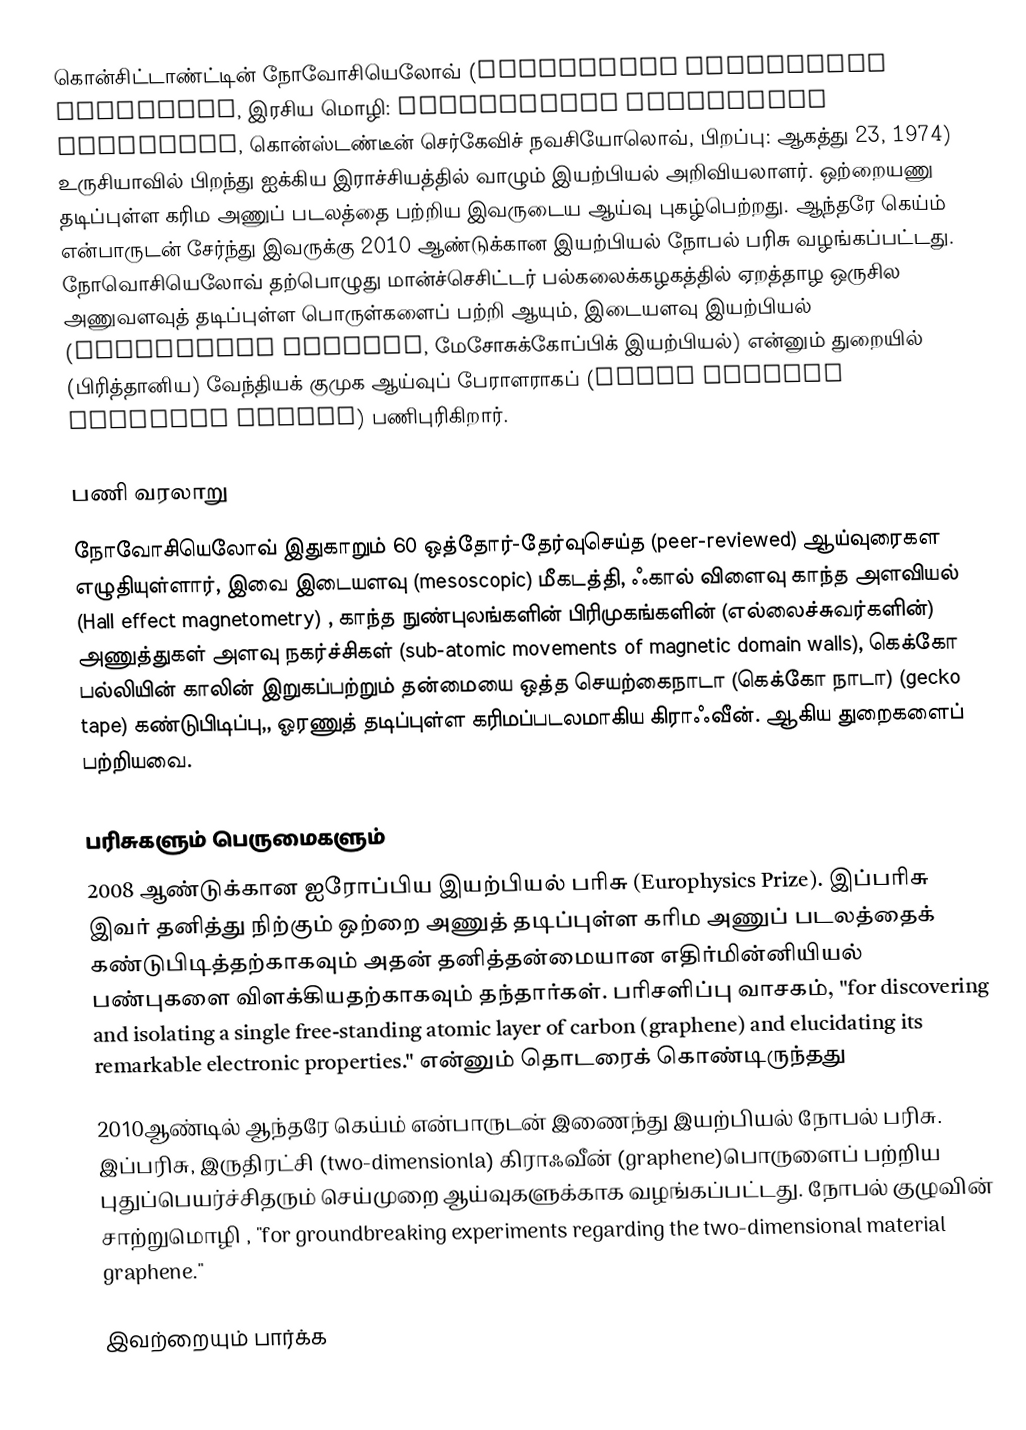
கொன்சிட்டாண்ட்டின் நோவோசியெலோவ் (Konstantin Sergeevich Novoselov, இரசிய மொழி: Константи́н Серге́евич Новосёлов, கொன்ஸ்டண்டீன் செர்கேவிச் நவசியோலொவ், பிறப்பு: ஆகத்து 23, 1974) உருசியாவில் பிறந்து ஐக்கிய இராச்சியத்தில் வாழும் இயற்பியல் அறிவியலாளர். ஒற்றையணு தடிப்புள்ள கரிம அணுப் படலத்தை பற்றிய இவருடைய ஆய்வு புகழ்பெற்றது. ஆந்தரே கெய்ம் என்பாருடன் சேர்ந்து இவருக்கு 2010 ஆண்டுக்கான இயற்பியல் நோபல் பரிசு வழங்கப்பட்டது. நோவொசியெலோவ் தற்பொழுது மான்ச்செசிட்டர் பல்கலைக்கழகத்தில் ஏறத்தாழ ஒருசில அணுவளவுத் தடிப்புள்ள பொருள்களைப் பற்றி ஆயும், இடையளவு இயற்பியல் (Mesoscopic physics, மேசோசுக்கோப்பிக் இயற்பியல்) என்னும் துறையில் (பிரித்தானிய) வேந்தியக் குமுக ஆய்வுப் பேராளராகப் (Royal Society Research Fellow) பணிபுரிகிறார்.

பணி வரலாறு
நோவோசியெலோவ் இதுகாறும் 60 ஒத்தோர்-தேர்வுசெய்த (peer-reviewed) ஆய்வுரைகள எழுதியுள்ளார், இவை இடையளவு (mesoscopic) மீகடத்தி, ஃகால் விளைவு காந்த அளவியல் (Hall effect magnetometry) , காந்த நுண்புலங்களின் பிரிமுகங்களின் (எல்லைச்சுவர்களின்) அணுத்துகள் அளவு நகர்ச்சிகள் (sub-atomic movements of magnetic domain walls), கெக்கோ பல்லியின் காலின் இறுகப்பற்றும் தன்மையை ஒத்த செயற்கைநாடா (கெக்கோ நாடா) (gecko tape) கண்டுபிடிப்பு,, ஓரணுத் தடிப்புள்ள கரிமப்படலமாகிய கிராஃவீன். ஆகிய துறைகளைப் பற்றியவை.

பரிசுகளும் பெருமைகளும்
 2008 ஆண்டுக்கான ஐரோப்பிய இயற்பியல் பரிசு (Europhysics Prize). இப்பரிசு இவர் தனித்து நிற்கும் ஒற்றை அணுத் தடிப்புள்ள கரிம அணுப் படலத்தைக் கண்டுபிடித்தற்காகவும் அதன் தனித்தன்மையான எதிர்மின்னியியல் பண்புகளை விளக்கியதற்காகவும் தந்தார்கள். பரிசளிப்பு வாசகம், "for discovering and isolating a single free-standing atomic layer of carbon (graphene) and elucidating its remarkable electronic properties." என்னும் தொடரைக் கொண்டிருந்தது
 2010ஆண்டில் ஆந்தரே கெய்ம் என்பாருடன் இணைந்து இயற்பியல் நோபல் பரிசு. இப்பரிசு, இருதிரட்சி (two-dimensionla) கிராஃவீன் (graphene)பொருளைப் பற்றிய புதுப்பெயர்ச்சிதரும் செய்முறை ஆய்வுகளுக்காக வழங்கப்பட்டது. நோபல் குழுவின் சாற்றுமொழி , "for groundbreaking experiments regarding the two-dimensional material graphene."

இவற்றையும் பார்க்க